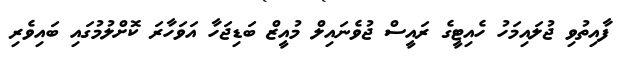
ފާއިތުވި ޖުލައިމަހު ހެއިޓީގެ ރައީސް ޖުވެނައިލް މުއީޒް ބަޑިޖަހާ އަވަހާރަ ކޮށްލުމުގައި ބައިވެރި